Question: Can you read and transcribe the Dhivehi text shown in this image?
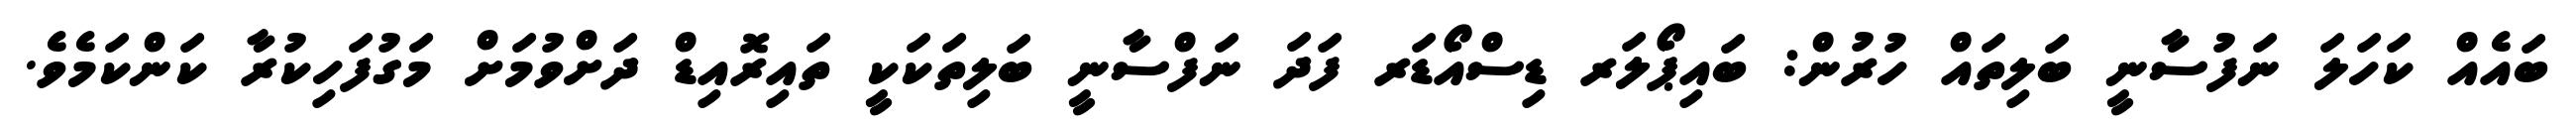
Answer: ބައެއް ކަހަލަ ނަފުސާނީ ބަލިތައް ހުރުން: ބައިޕޯލަރ ޑިސްއޯޑަރ ފަދަ ނަފްސާނީ ބަލިތަކަކީ ތައިރޮއިޑް ދަށްވުމަށް މަގުފަހިކުރާ ކަންކަމެވެ.